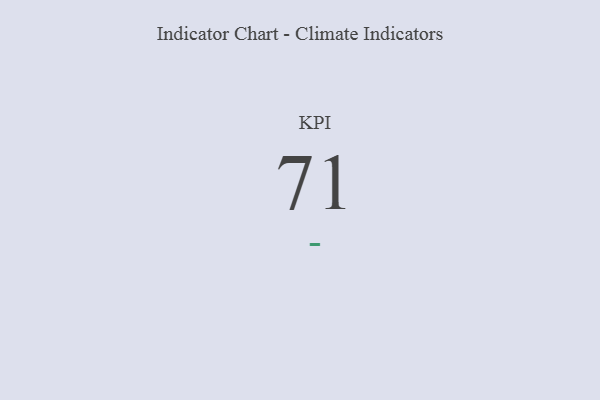
{"axis": {"x": "KPI", "y": "Value"}, "legend": [""], "data": [{"x": "KPI", "y": 71, "type": ""}]}